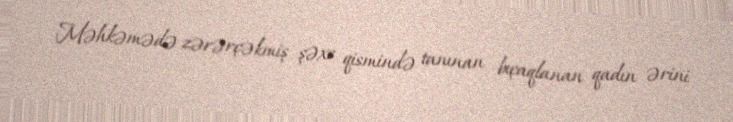
Məhkəmədə zərərçəkmiş şəxs qismində tanınan bıçaqlanan qadın ərini